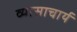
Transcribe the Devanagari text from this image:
व्यासाचार्य